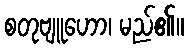
စတုဗျူဟော၊ မည်၏။